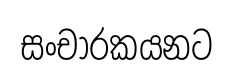
සංචාරකයනට